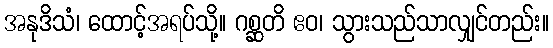
အနုဒိသံ၊ ထောင့်အရပ်သို့။ ဂစ္ဆတိ ဧဝ၊ သွားသည်သာလျှင်တည်း။